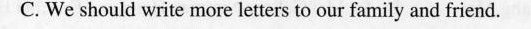
C. We should write more letters to our family and friend.